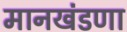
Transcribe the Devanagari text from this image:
मानखंडणा